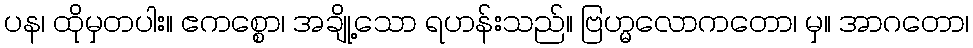
ပန၊ ထိုမှတပါး။ ဧကစ္စော၊ အချို့သော ရဟန်းသည်။ ဗြဟ္မလောကတော၊ မှ။ အာဂတော၊